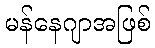
မန်နေဂျာအဖြစ်